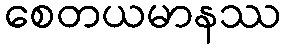
စေတယမာနဿ